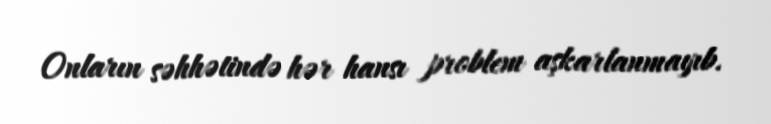
Onların səhhətində hər hansı problem aşkarlanmayıb.